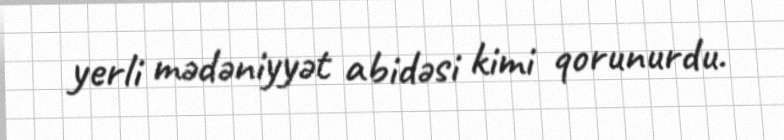
yerli mədəniyyət abidəsi kimi qorunurdu.